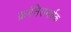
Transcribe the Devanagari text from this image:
क्रांतिसमर्थक